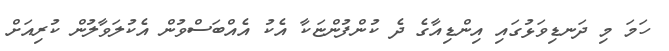
ހަމަ މި ދަނޑިވަޅުގައި އިންޑިއާގެ ދެ ކުންފުންޏަކާ އެކު އެއްބަސްވުން އެކުލަވާލުން ކުރިއަށް